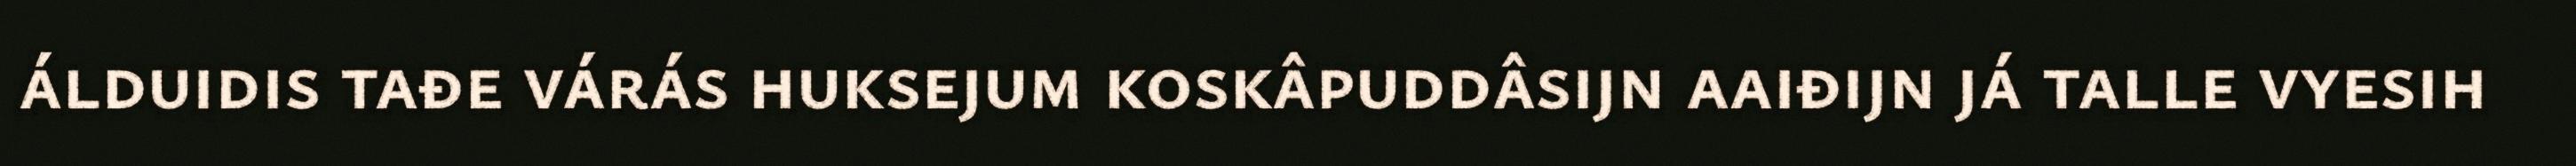
álduidis tađe várás huksejum koskâpuddâsijn aaiđijn já talle vyesih